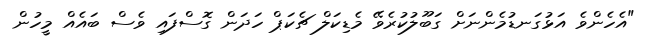
"އެހެންވެ އަޅުގަނޑުމެންނަށް ގަބޫލުކުރެވޭ މެޑިކަލް ޗެކަޕް ހަދަން ގޮސްފައި ވެސް ބައެއް މީހުން